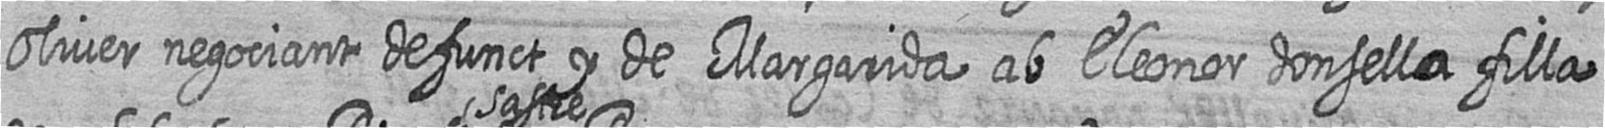
Oliver negociant defunct y de Margarida ab Eleonor donsella filla